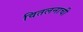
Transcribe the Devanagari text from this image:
वितलनाची